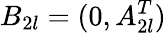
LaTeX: B_{2l}=(0,A_{2l}^{T})